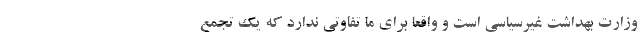
وزارت بهداشت غیرسیاسی است و واقعاً برای ما تفاوتی ندارد که یک تجمع